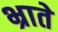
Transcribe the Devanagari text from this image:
भ्राते